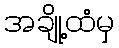
အချို့ထံမှ